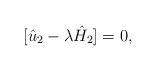
LaTeX: \begin{align*}[\hat{u}_2-\lambda\hat{H}_2]=0,\end{align*}